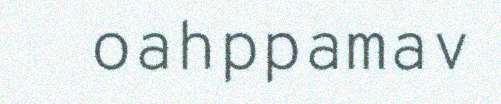
oahppamav